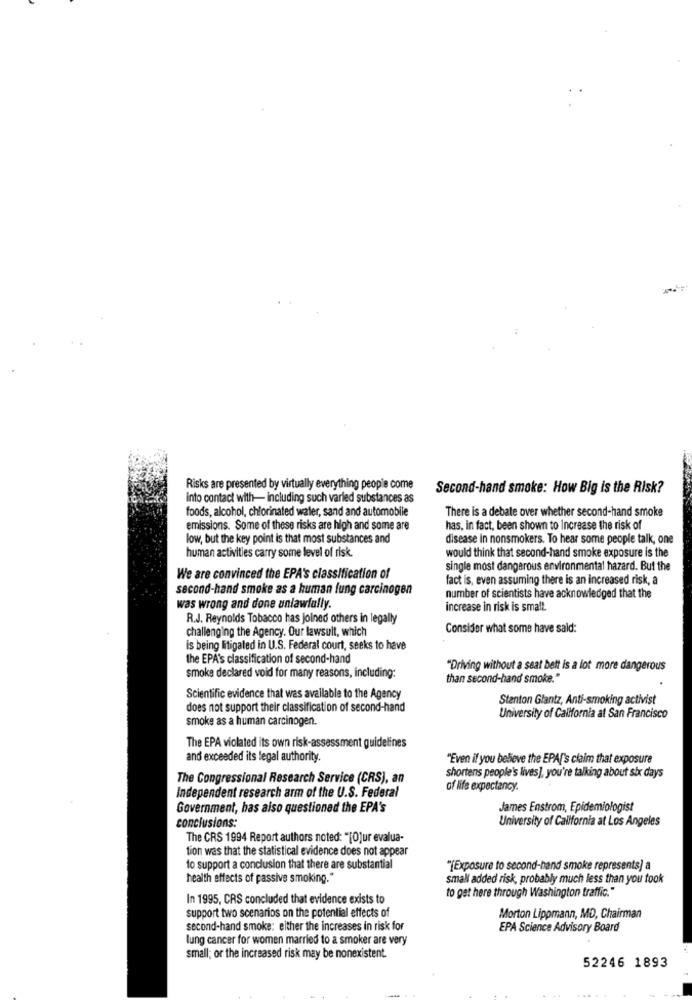
Risks are presented by virtually everything people come
Second-hand smoke: How Big is the Risk?
into contact with- including such varied substances as
foods, alcohol, chlorinated water, sand and automobile
There is a debate over whether second-hand smoke
emissions. Some of these risks are high and some are
has, in fact, been shown to Increase the risk of
low, but the key point is that most substances and
disease in nonsmokers. To hear some people talk, one
human activities carry some level of risk.
would think that second-hand smoke exposure is the
single most dangerous environmental hazard. But the
We are convinced the EPA's classification of
fact is, even assuming there is an increased risk, a
second-hand smoke as a human fung carcinogen
number of scientists have acknowledged that the
was wrong and done unlawfully.
increase in risk is small.
R.J. Reynolds Tobacco has joined others in legally
challenging the Agency. Our lawsuit, which
Consider what some have said:
Is being litigaled in U.S. Federal court, seeks to have
the EPA's classification of second-hand
"Driving without a seat belt is a lot more dangerous
smoke declared void for many reasons, including:
than second-hand smoke."
Scientific evidence that was available to the Agency
Stanton Glantz, Anti-smoking activist
does not support their classification of second-hand
smoke as a human carcinogen.
University of California at San Francisco
The EPA violated its own risk-assessment guidelines
and exceeded its legal authority.
"Even if you believe the EPA"'s claim that exposure
shortens people's lives], you're talking about six days
The Congressional Research Service (CRS), an
of life expectancy.
Independent research arm of the U.S. Federal
Government, has also questioned the EPA's
James Enstrom, Epidemiologist
conclusions:
University of California at Los Angeles
The CRS 1994 Report authors noted: "[O]ur evalua-
tion was that the statistical evidence does not appear
to support a conclusion that there are substantial
"[Exposure to second-hand smoke represents) a
health effects of passive smoking."
small added risk, probably much less than you took
to get here through Washington traffic."
In 1995, CRS concluded that evidence exists to
support two scenarios on the potential effects of
Morton Lippmann, MD, Chairman
second-hand smoke: either the increases in risk for
EPA Science Advisory Board
lung cancer for women married to a smoker are very
small; or the increased risk may be nonexistent.
52246 1893